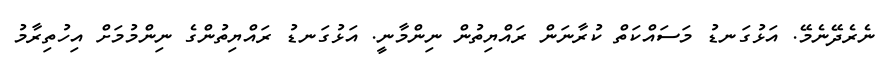
ނެރެދޭނެމޭ. އަޅުގަނޑު މަސައްކަތް ކުރާނަން ރައްޔިތުން ނިންމާނީ. އަޅުގަނޑު ރައްޔިތުންގެ ނިންމުމަށް އިހުތިރާމު